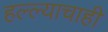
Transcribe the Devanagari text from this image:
हल्ल्याचाही